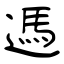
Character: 遤